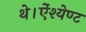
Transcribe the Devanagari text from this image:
थे।ऐंश्येण्ट